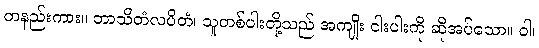
တနည်းကား။ ဘာသိတံလပိတံ၊ သူတစ်ပါးတို့သည် အကျိုး ငါးပါးကို ဆိုအပ်သော။ ဝါ၊